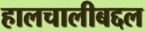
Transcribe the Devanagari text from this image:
हालचालीबद्दल